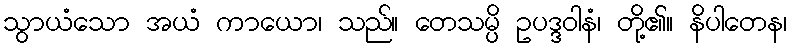
သွာယံသော အယံ ကာယော၊ သည်။ တေသမ္ပိ ဥပဒ္ဒဝါနံ၊ တို့၏။ နိပါတေန၊